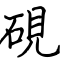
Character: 硯